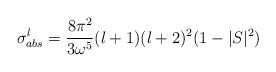
LaTeX: \begin{align*}\sigma^l_{abs}=\frac{8\pi^2}{3{\omega}^5}(l+1)(l+2)^2(1-|S|^2)\end{align*}